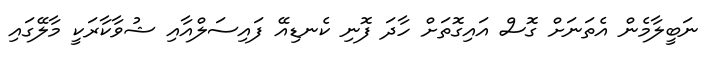
ނަބީލާމެން އެތަނަށް ގޮސް އައިގޮތަށް ހާދަ ފޮނި ކެނޑިއޭ ފައިސަލްއާއި ޝުވާކާރަކީ މާލޭގައި